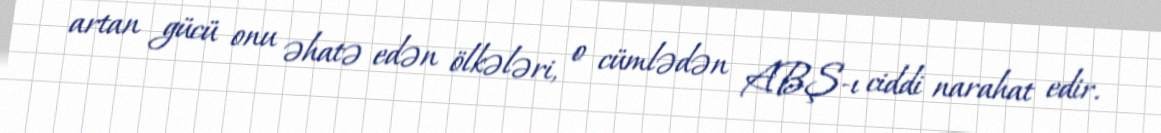
artan gücü onu əhatə edən ölkələri, o cümlədən ABŞ-ı ciddi narahat edir.